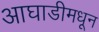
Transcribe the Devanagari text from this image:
आघाडीमधून